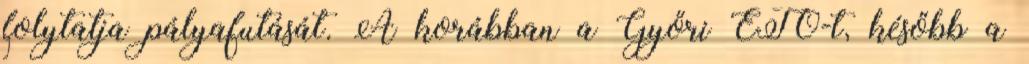
folytatja pályafutását. A korábban a Győri ETO-t, később a